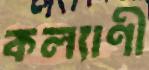
কল্যাণী